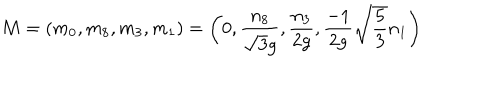
LaTeX: M = ( m _ { 0 } , m _ { 8 } , m _ { 3 } , m _ { 1 } ) = \biggl ( 0 , { \frac { n _ { 8 } } { \sqrt { 3 } g } } , { \frac { n _ { 3 } } { 2 g } } , { \frac { - { 1 } } { 2 g } } \sqrt { \frac { 5 } { 3 } } n _ { 1 } \biggr )